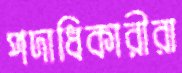
পদাধিকারীরা